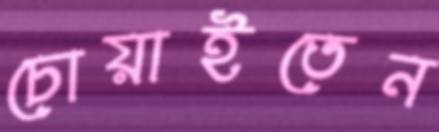
চোয়াইতেন